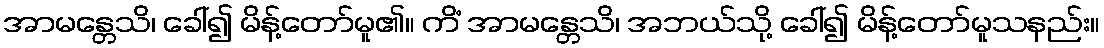
အာမန္တေသိ၊ ခေါ်၍ မိန့်တော်မူ၏။ ကိံ အာမန္တေသိ၊ အဘယ်သို့ ခေါ်၍ မိန့်တော်မူသနည်း။